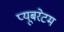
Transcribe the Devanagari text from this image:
प्यूबरेटम